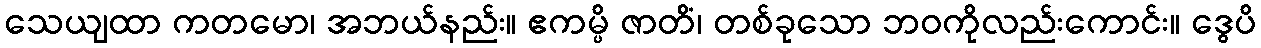
သေယျထာ ကတမော၊ အဘယ်နည်း။ ဧကမ္ပိ ဇာတိံ၊ တစ်ခုသော ဘဝကိုလည်းကောင်း။ ဒွေပိ